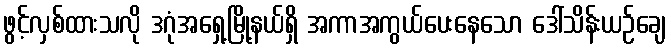
ဖွင့်လှစ်ထားသလို ဒဂုံအရှေ့မြို့နယ်ရှိ အကာအကွယ်ပေးနေသော ဒေါ်သိန်းယဉ်ချေ